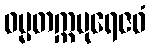
ဓမ္မတက္ကပုရေဇဝံ